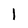
Character: l